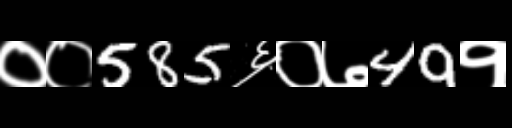
Text: ००585६०७49१